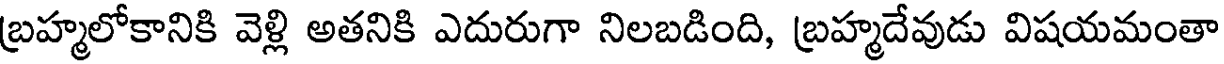
బ్రహ్మలోకానికి వెళ్లి అతనికి ఎదురుగా నిలబడింది, బ్రహ్మదేవుడు విషయమంతా